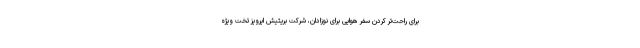
برای راحت‌تر کردن سفر هوایی برای نوزادان، شرکت بریتیش ایرویز تخت ویژه